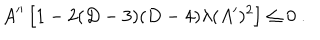
A ^ { \prime \prime } \left[ 1 - 2 ( D - 3 ) ( D - 4 ) \lambda ( A ^ { \prime } ) ^ { 2 } \right] \leq 0 ~ .